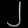
Digit: ၂